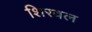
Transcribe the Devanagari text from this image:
शिरवल